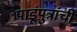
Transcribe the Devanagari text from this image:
पाडूंपुत्रांची